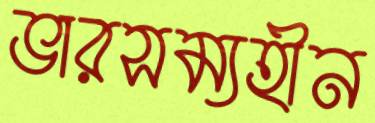
ভারসম্যহীন